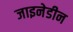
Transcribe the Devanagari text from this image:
जाइनेडीन